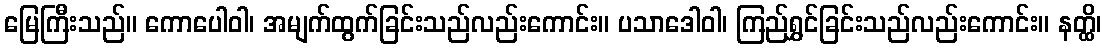
မြေကြီးသည်။ ကောပေါဝါ၊ အမျက်ထွက်ခြင်းသည်လည်းကောင်း။ ပသာဒေါဝါ၊ ကြည်ရွှင်ခြင်းသည်လည်းကောင်း။ နတ္ထိ၊